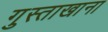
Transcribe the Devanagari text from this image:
गुस्ताखाना